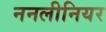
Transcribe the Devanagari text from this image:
ननलीनियर